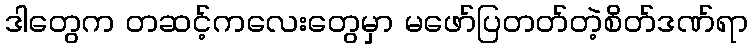
ဒါတွေက တဆင့်ကလေးတွေမှာ မဖော်ပြတတ်တဲ့စိတ်ဒဏ်ရာ